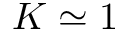
K \simeq 1